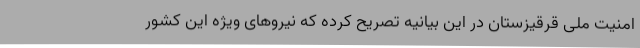
امنیت ملی قرقیزستان در این بیانیه تصریح کرده که نیروهای ویژه این کشور